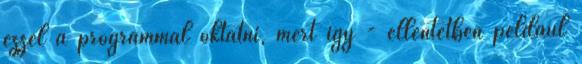
ezzel a programmal oktatni, mert így - ellentétben például